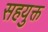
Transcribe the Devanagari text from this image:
सहयुक्त